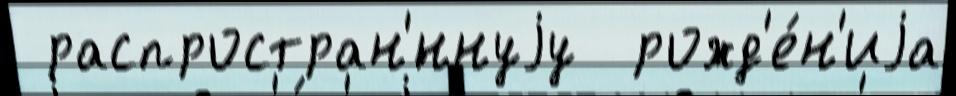
 распростран'́ннуjу  рожд'е́н'иjа